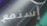
إستمع